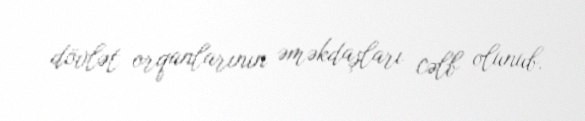
dövlət orqanlarının əməkdaşları cəlb olunub.